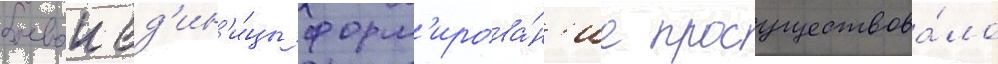
боевои ед'ин'и́цы форм'ирова́н'ие просуществова́ло